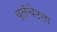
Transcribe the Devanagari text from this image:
ब्लँचेटला